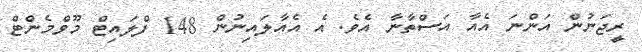
ރީޖަނުން އަންނަ އެއާ އަސްތާނާ އެވެ. އެ އެއާލައިނުން 148 ފްލައިޓް މޫވްމެންޓް